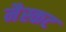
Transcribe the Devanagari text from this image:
मैस्कट